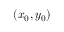
( x _ { 0 } , y _ { 0 } )